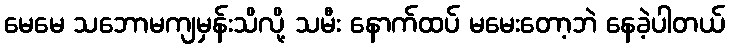
မေမေ သဘောမကျမှန်းသိလို့ သမီး နောက်ထပ် မမေးတော့ဘဲ နေခဲ့ပါတယ်